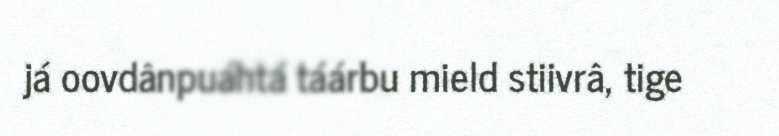
já oovdânpuáhtá táárbu mield stiivrâ, tige